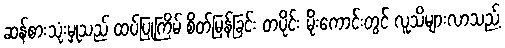
ဆန်စားသုံးမှုသည် ထပ်ပြုကြိမ် စိတ်မြန်ခြင်း တပိုင်း မိုးကောင်းတွင် လူသိများလာသည့်